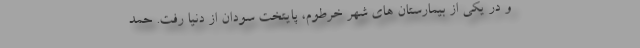
و در یکی از بیمارستان های شهر خرطوم، پایتخت سودان از دنیا رفت. حمد